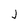
Character: j